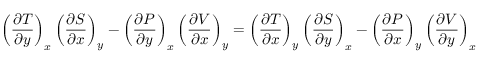
\left( { \frac { \partial T } { \partial y } } \right) _ { x } \left( { \frac { \partial S } { \partial x } } \right) _ { y } - \left( { \frac { \partial P } { \partial y } } \right) _ { x } \left( { \frac { \partial V } { \partial x } } \right) _ { y } = \left( { \frac { \partial T } { \partial x } } \right) _ { y } \left( { \frac { \partial S } { \partial y } } \right) _ { x } - \left( { \frac { \partial P } { \partial x } } \right) _ { y } \left( { \frac { \partial V } { \partial y } } \right) _ { x }